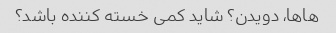
هاها، دویدن؟ شاید کمی خسته کننده باشد؟